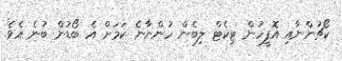
ކޯޗުންނާއި އޮފީހުން ޓިކެޓް ލިބެން ހުންނާނެ ކަމަށް އެ ބޯޑުން ބުނެ އެވެ.